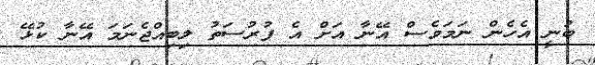
ބުނީ އެހެން ނަމަވެސް އޭނާ އަށް އެ ފުރުސަތު ލިބިއްޖެނަމަ އޭނާ ކުޅޭ